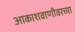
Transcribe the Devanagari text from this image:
आकाशवाणीवरच्‍या